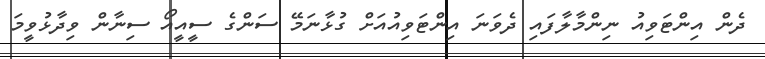
ދެން އިންޓަވިއު ނިންމާލާފައި ދެވަނަ އިންޓަވިއުއަށް ގުޅާނަމޭ ސަންގެ ސީއީއޯ ސިނާން ވިދާޅުވީމަ